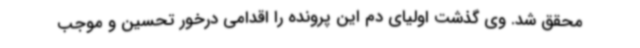
محقق شد. وی گذشت اولیای دم این پرونده را اقدامی درخور تحسین و موجب